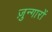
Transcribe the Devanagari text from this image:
ज़ुन्गारों